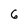
Character: 6